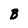
Character: B